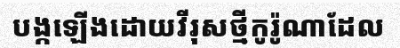
បង្កឡើងដោយវីរុសថ្មីកូរ៉ូណាដែល